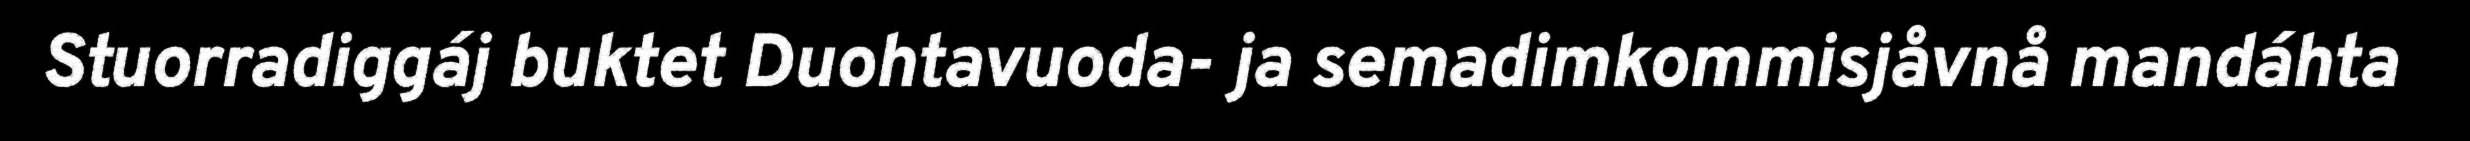
Stuorradiggáj buktet Duohtavuoda- ja semadimkommisjåvnå mandáhta